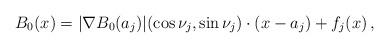
LaTeX: \begin{align*}B_0(x)=|\nabla B_0(a_j)|(\cos\nu_j,\sin\nu_j)\cdot(x-a_j)+f_j(x)\,,\end{align*}